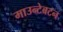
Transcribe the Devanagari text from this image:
माउन्टेबटन